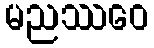
မညဿဝေ